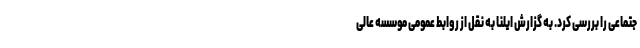
جتماعی را بررسی کرد. به گزارش ایلنا به نقل از روابط عمومی موسسه عالی